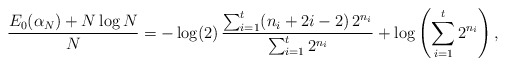
\begin{align*}\frac{E_{0}(\alpha_{N})+N\log N}{N}=-\log (2)\,\frac{\sum_{i=1}^{t}(n_{i}+2i-2)\,2^{n_{i}}}{\sum_{i=1}^{t}2^{n_{i}}}+\log\left(\sum_{i=1}^{t}2^{n_{i}}\right),\end{align*}